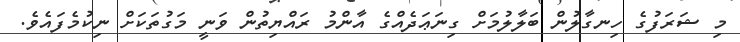
މި ޝަރަފުގެ ހިނގާލުން ބަލާލުމަށް ގިނަޢަދެއްގެ އާންމު ރައްޔިތުން ވަނީ މަގުތަކަށް ނިކުމެފައެވެ.